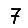
Digit: 7